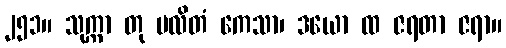
၂၅၁။ သုက္ကာ တု ပလိတံ ကေသာ၊ ဒယော ထ ဇရတာ ဇရာ။